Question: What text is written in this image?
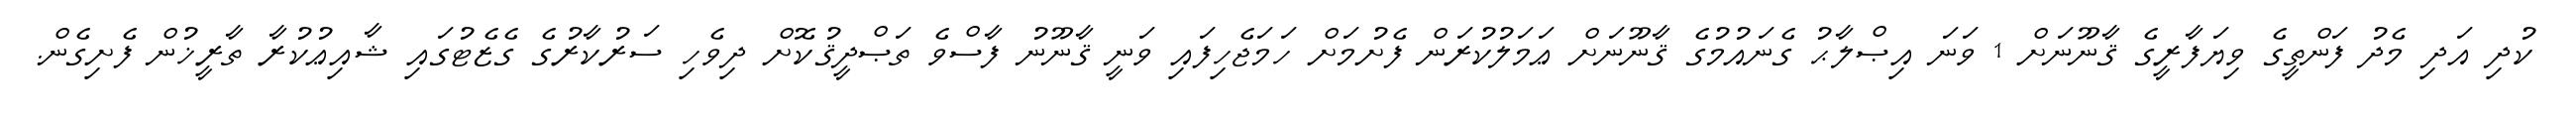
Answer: ކުދި އަދި މެދު ފަންތީގެ ވިޔަފާރީގެ ޤާނޫނަށް 1 ވަނަ އިޞްލާޙު ގެނައުމުގެ ޤާނޫނަށް ޢަމަލުކުރަން ފެށުމަށް ހަމަޖެހިފައި ވަނީ ޤާނޫނު ފާސްވެ ތަޞްދީޤުކޮށް ދިވެހި ސަރުކާރުގެ ގެޒެޓުގައި ޝާއިޢުކުރާ ތާރީޚުން ފެށިގެން.